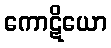
ကောဋိယော